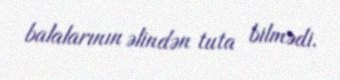
balalarının əlindən tuta bilmədi.